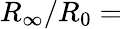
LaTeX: R_{\infty}/R_{0}=